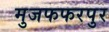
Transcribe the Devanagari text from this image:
मुजफफरपुर